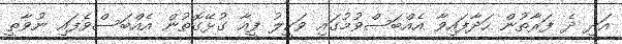
އަދި ދެ ފަރާތުން ހަދާފައިވާ އެއްބަސްވުމުގައި ވަކީލު ފީއާ ގުޅޭގޮތުން އެއްބަސްވެފައި ނުވާތީ